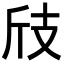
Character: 𢺼